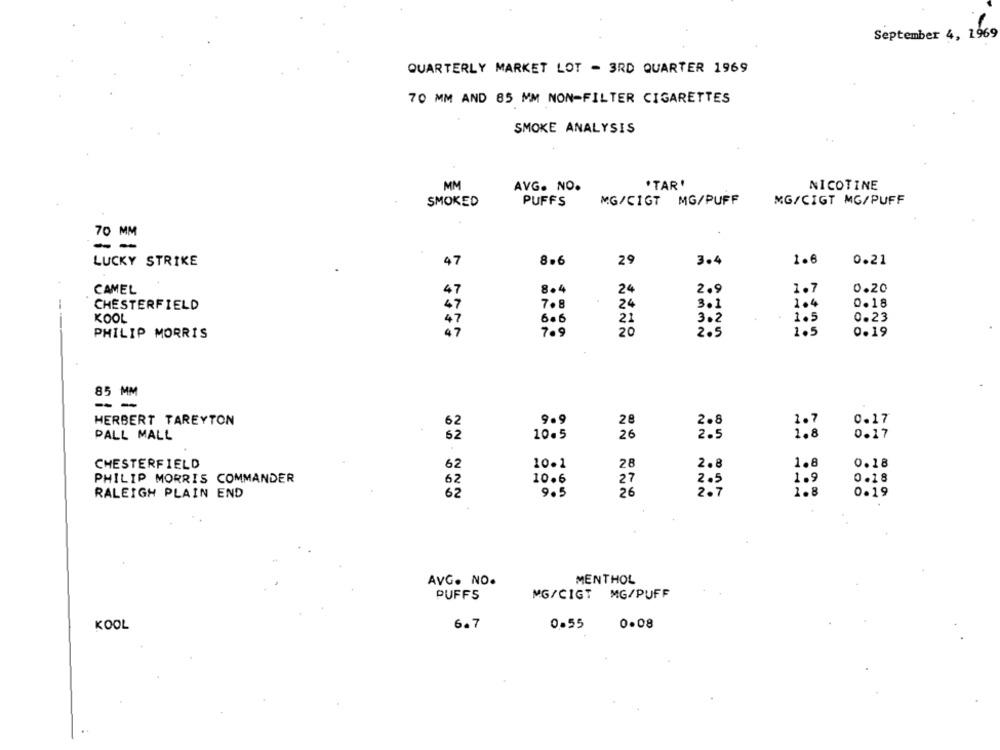
September 4, 1969
QUARTERLY MARKET LOT - 3RD QUARTER 1969
70 MM AND 85 MM NON-FILTER CIGARETTES
SMOKE ANALYSIS
MM
*TAR '
NICOTINE
AVG. NO.
SMOKED
PUFFS
MG/CIGT MG/PUFF
MG/CIGT MG/PUFF
70 MM
- -
LUCKY STRIKE
47
8.6
29
3.4
1.6
0.21
CAMEL
47
8.4
24
2.9
1.7
0.20
CHESTERFIELD
47
7.8
24
3.1
1.4
0.18
KOOL
6.6
21
3.2
1.5
0.23
20
PHILIP MORRIS
7.9
2.5
1.5
0.19
85 MM
--
HERBERT TAREYTON
9.9
2.8
1.7
0.17
62
28
PALL MALL
10.5
26
2.5
1.8
0.17
62
CHESTERFIELD
62
10.1
28
2.8
1.8
0.18
PHILIP MORRIS COMMANDER
10.6
27
2.5
1.9
0.18
62
RALEIGH PLAIN END
62
9.5
26
2.7
1.8
0.19
AVG. NO.
MENTHOL
PUFFS
MG/CIGT MG/PUFF
KOOL
6.7
0.55
0.08